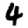
Digit: 4